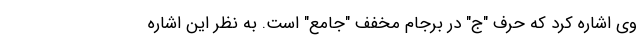
وی اشاره کرد که حرف "ج" در برجام مخفف "جامع" است. به نظر این اشاره